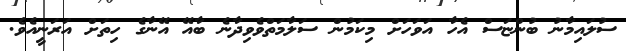
ސުލައިމާނު ބުންޏަސް އެހާ އަވަހަށް މިކަމުން ސަލާމަތްވެވިދާނެ ބާއޭ އޭނާގެ ހިތަށް އަރަނީއެވެ.